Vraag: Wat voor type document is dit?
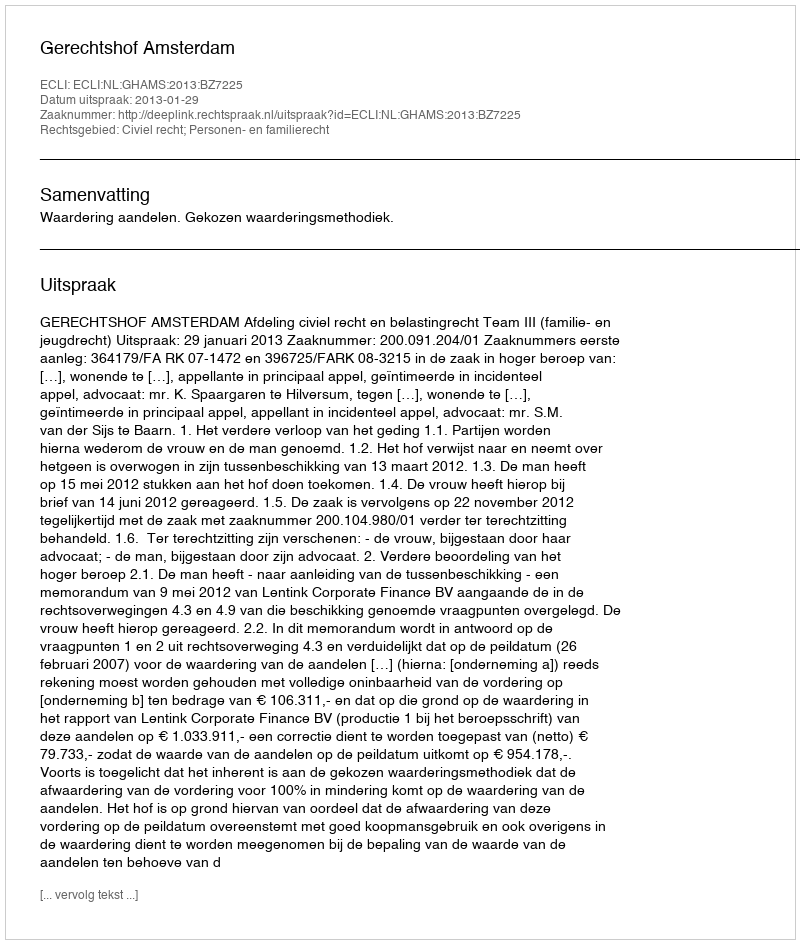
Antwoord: Uitspraak